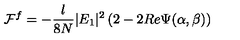
{ \cal F } ^ { f } = - \frac { l } { 8 N } | E _ { 1 } | ^ { 2 } \left( 2 - 2 R e \Psi ( \alpha , \beta ) \right)